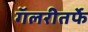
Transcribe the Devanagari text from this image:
गॅलरीतर्फे